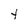
Character: Y